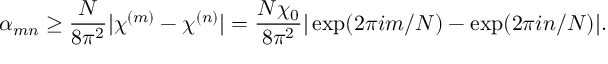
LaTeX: \alpha _ { m n } \geq \frac { N } { 8 \pi ^ { 2 } } | \chi ^ { ( m ) } - \chi ^ { ( n ) } | = \frac { N \chi _ { 0 } } { 8 \pi ^ { 2 } } | \exp ( 2 \pi i m / N ) - \exp ( 2 \pi i n / N ) | .